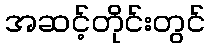
အဆင့်တိုင်းတွင်